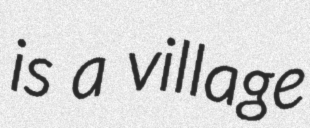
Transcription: is a village